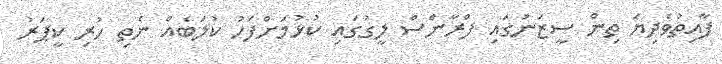
ފާއިތުވެދިޔަ ތިން ސީޒަނުގައި ފްރާންސް ލީގުގައި ކުޅުމަށްފަހު ކުލަބެއް ނެތި ހުރި ކީޕަރު